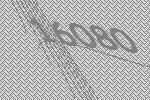
16080